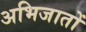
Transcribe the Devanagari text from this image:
अभिजातों